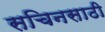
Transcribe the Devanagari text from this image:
सचिनसाठी